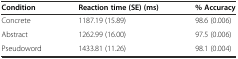
| Condition | Reaction time (SE) (ms) | % Accuracy |
 | --- | --- | --- |
 | Concrete | 1187.19 (15.89) | 98.6 (0.006) |
 | Abstract | 1262.99 (16.00) | 97.5 (0.006) |
 | Pseudoword | 1433.81 (11.26) | 98.1 (0.004) |